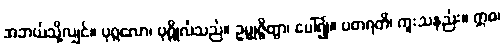
အဘယ်သို့လျှင်။ ပုဂ္ဂလော၊ ပုဂ္ဂိုလ်သည်။ ဥမ္မုဇ္ဇိတွာ၊ ပေါ်၍။ ပတရတိ၊ ကူးသနည်း။ ဣဓ၊